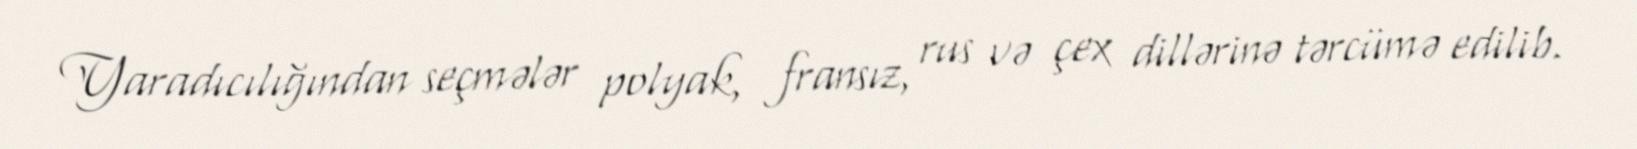
Yaradıcılığından seçmələr polyak, fransız, rus və çex dillərinə tərcümə edilib.